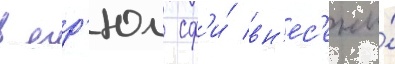
в егр'юл сф'и́ вн'ес'ены́